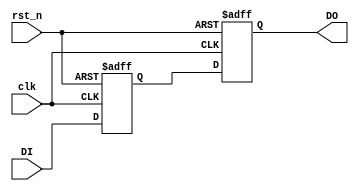
module CDCSync_Signal_ResetL(
/*AUTOARG*/
   // Outputs
   DO,
   // Inputs
   clk, rst_n, DI
   );

input   clk;
input   rst_n;
input   DI;
output  DO;

reg CDCSync_DI_1P;
reg CDCSync_DI_2P;

always@(posedge clk or negedge rst_n)
begin
    if(~rst_n)
    begin
        CDCSync_DI_1P <= 1'b0;
        CDCSync_DI_2P <= 1'b0;
    end
    else
    begin
        CDCSync_DI_1P <= DI;
        CDCSync_DI_2P <= CDCSync_DI_1P;
    end
end

assign DO = CDCSync_DI_2P;

endmodule